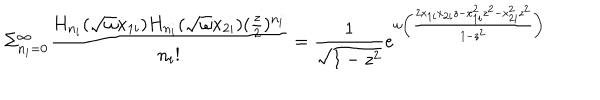
\Sigma _ { n _ { i } = 0 } ^ { \infty } \frac { H _ { n _ { i } } ( \sqrt { \omega } x _ { 1 i } ) H _ { n _ { i } } ( \sqrt { \omega } x _ { 2 i } ) ( \frac { z } { 2 } ) ^ { n _ { i } } } { n _ { i } ! } = \frac { 1 } { \sqrt { 1 - z ^ { 2 } } } e ^ { \omega \left( \frac { 2 x _ { 1 i } x _ { 2 i } z - x _ { 1 i } ^ { 2 } z ^ { 2 } - x _ { 2 i } ^ { 2 } z ^ { 2 } } { 1 - z ^ { 2 } } \right) }